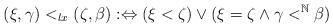
LaTeX: \begin{align*}(\xi,\gamma)<_{lx}(\zeta,\beta):\Leftrightarrow (\xi<\zeta)\lor (\xi=\zeta\land \gamma<^{\mathbb{N}}\beta)\end{align*}